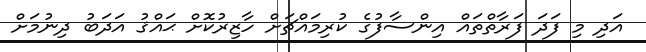
އަދި މި ފަދަ ފަރާތްތައް އިންސާފުގެ ކުރިމައްޗަށް ހާޒިރުކޮށް ޙައްޤު އަދަބު ދިނުމަށް